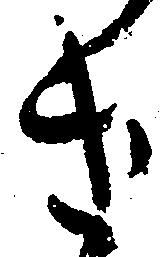
け